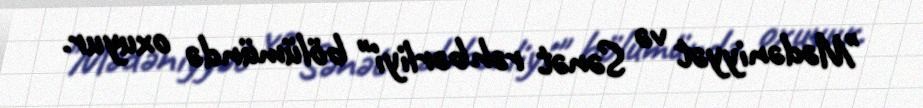
"Mədəniyyət və Sənət rəhbərliyi" bölümündə oxuyur.